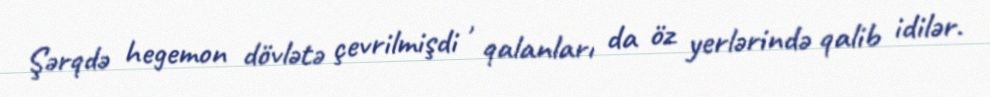
Şərqdə hegemon dövlətə çevrilmişdi , qalanları da öz yerlərində qalib idilər.